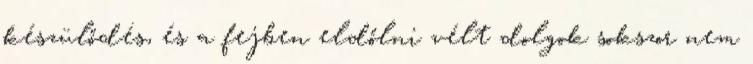
készülődés, és a fejben eldőlni vélt dolgok sokszor nem